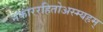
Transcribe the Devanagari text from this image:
नकाररहितोअस्म्यहम्